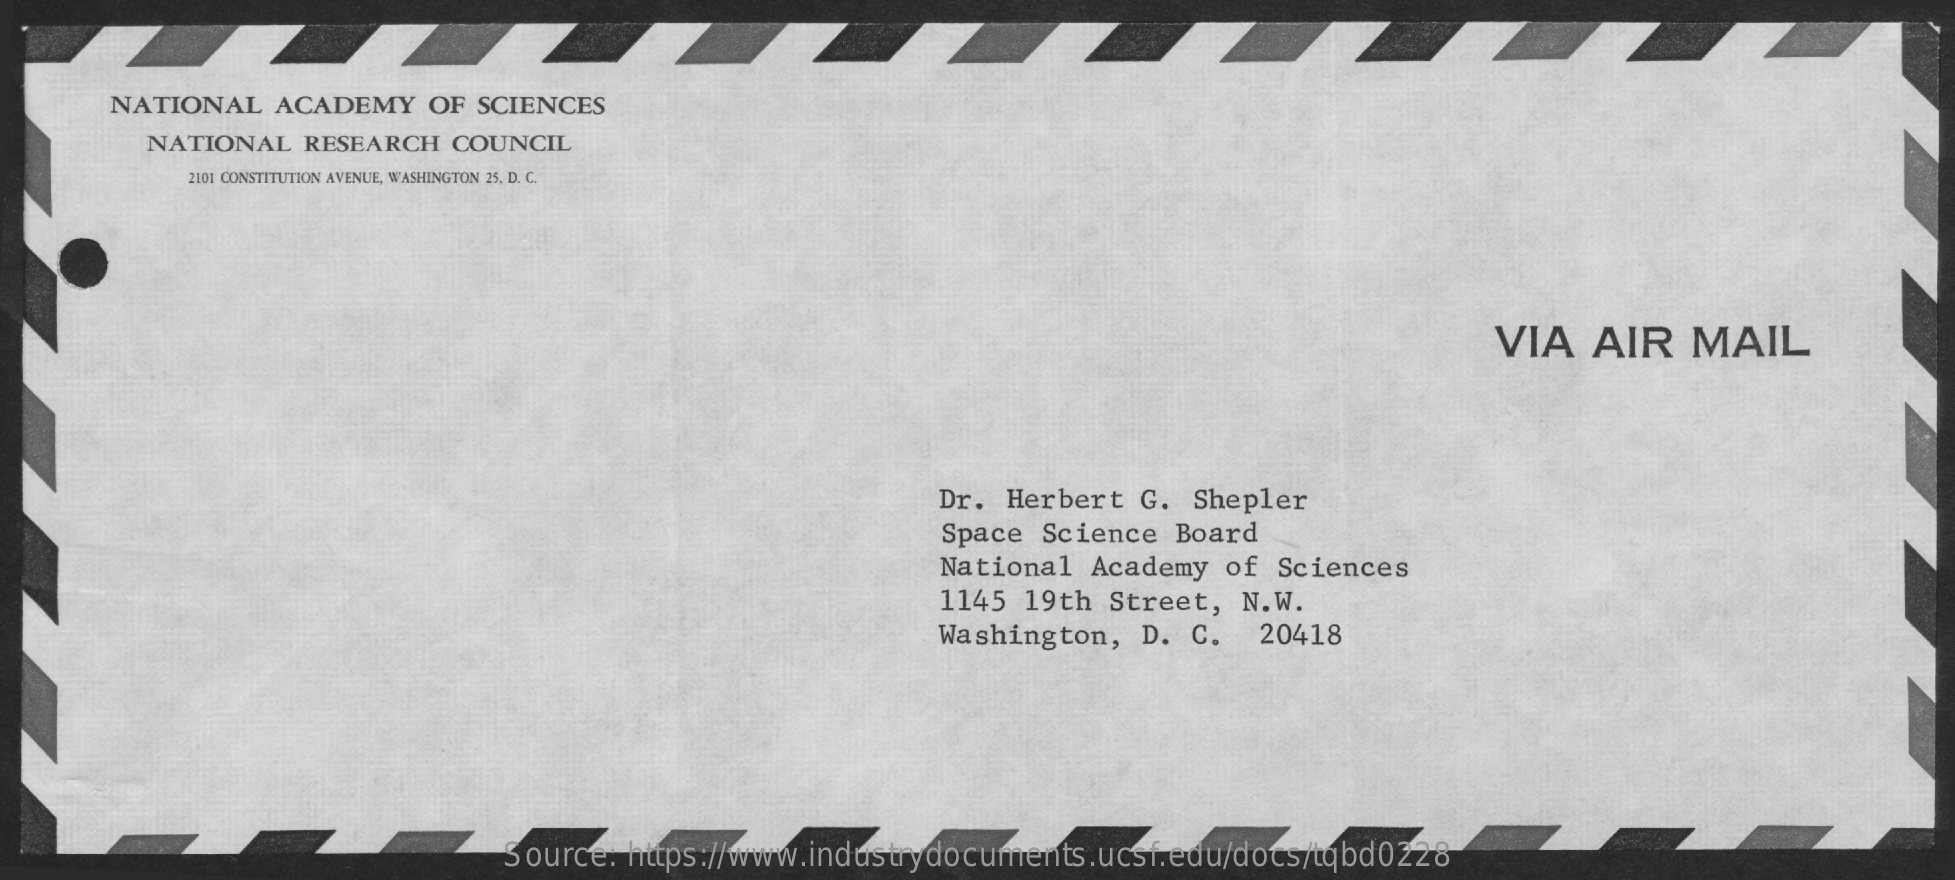
NATIONAL  ACADEMY   OF SCIENCES
     NATIONAL RESEARCH COUNCIL
     2101 CONSTITUTION AVENUE, WASHINGTON 25, D. C.
     VIA  AIR   MAIL
     Dr. Herbert G.  Shepler
     Space Science Board
     National Academy  of Sciences
     1145 19th Street,  N.W.
     Washington, D. C.   20418
     Source: https://www.industrydocuments.ucsf.edu/docs/tqbd0228